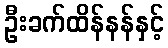
ဦးခက်ထိန်နန်နှင့်